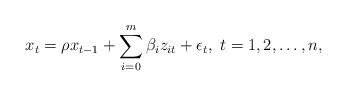
LaTeX: \begin{align*}x_t=\rho x_{t-1}+\sum_{i=0}^m\beta_iz_{it}+\epsilon_t,~t=1,2,\ldots,n,\end{align*}